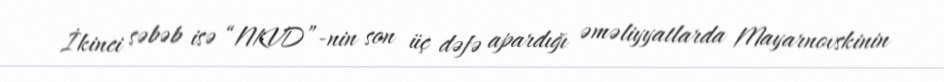
İkinci səbəb isə “NKVD”-nin son üç dəfə apardığı əməliyyatlarda Mayarnovskinin